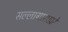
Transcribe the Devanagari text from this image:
सल्लागाराद्वारे